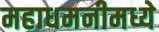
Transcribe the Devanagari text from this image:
महाधमनीमध्ये